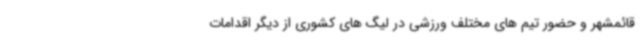
قائمشهر و حضور تیم های مختلف ورزشی در لیگ های کشوری از دیگر اقدامات